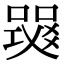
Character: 𤕧